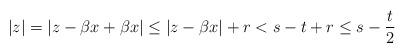
LaTeX: \begin{align*} |z| =|z-\beta x+\beta x| \leq |z-\beta x| + r < s-t+r \leq s-\frac{t}{2}\end{align*}